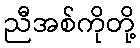
ညီအစ်ကိုတို့